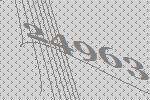
24963